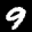
Label: 9